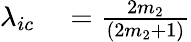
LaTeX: \begin{array}{rl}{\lambda_{ic}}&{{}=\frac{2m_{2}}{(2m_{2}+1)}}\end{array}